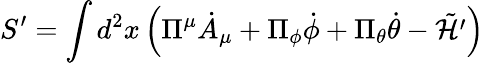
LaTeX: S^{\prime}=\int d^{2}x\left(\Pi^{\mu}{\dot{A}}_{\mu}+\Pi_{\phi}{\dot{\phi}}+\Pi_{\theta}{\dot{\theta}}-\tilde{\cal H^{\prime}}\right)